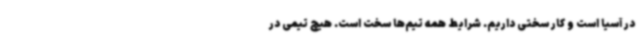
در آسیا است و کار سختی داریم. شرایط همه تیم‌ها سخت است. هیچ تیمی در